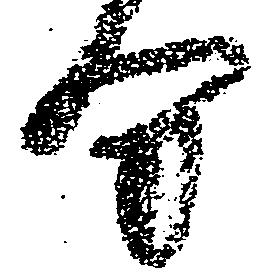
分